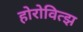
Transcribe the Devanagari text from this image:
होरोवित्झ